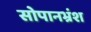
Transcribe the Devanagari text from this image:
सोपानभ्रंश